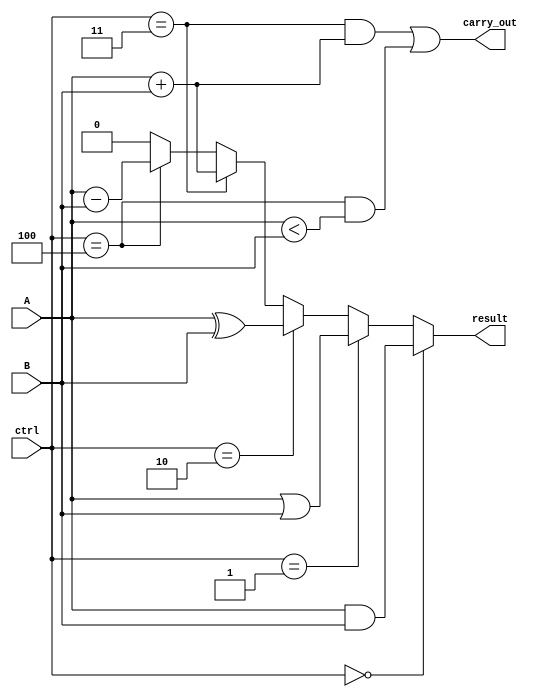
module ALU(
    input wire A,
    input wire B,
    input wire [2:0] ctrl,
    output wire result,
    output wire carry_out
);

assign result = (ctrl == 3'b000) ? (A & B) :
               (ctrl == 3'b001) ? (A | B) :
               (ctrl == 3'b010) ? (A ^ B) :
               (ctrl == 3'b011) ? (A + B) :
               (ctrl == 3'b100) ? (A - B) : 1'b0;

assign carry_out = (ctrl == 3'b011 && (A + B)) || (ctrl == 3'b100 && (A < B));

endmodule